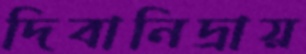
দিবানিদ্রায়